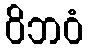
ဝိဘဝံ